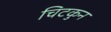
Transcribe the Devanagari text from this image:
चिटकुन